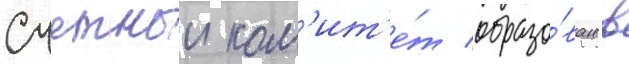
Счетныи ком'ит'е́т образо́ван в